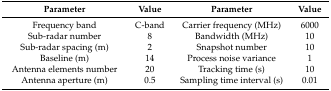
<table><thead><tr><td><b>Parameter</b></td><td><b>Value</b></td><td><b>Parameter</b></td><td><b>Value</b></td></tr></thead><tbody><tr><td>Frequency band</td><td>C-band</td><td>Carrier frequency (MHz)</td><td>6000</td></tr><tr><td>Sub-radar number</td><td>8</td><td>Bandwidth (MHz)</td><td>10</td></tr><tr><td>Sub-radar spacing (m)</td><td>2</td><td>Snapshot number</td><td>10</td></tr><tr><td>Baseline (m)</td><td>14</td><td>Process noise variance</td><td>1</td></tr><tr><td>Antenna elements number</td><td>20</td><td>Tracking time (s)</td><td>10</td></tr><tr><td>Antenna aperture (m)</td><td>0.5</td><td>Sampling time interval (s)</td><td>0.01</td></tr></tbody></table>